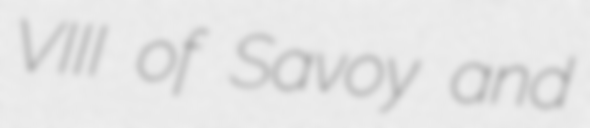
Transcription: VIII of Savoy and